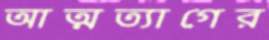
আত্মত্যাগের